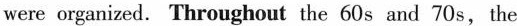
were organized. Throughout the 60s and 70s, the